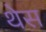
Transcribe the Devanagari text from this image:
थेस